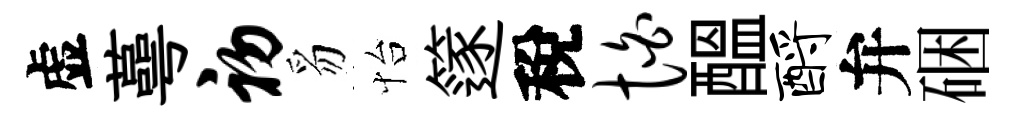
虚蕚初豸怡篴稅怕醖酹弁硱